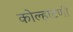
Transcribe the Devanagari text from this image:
कोल्हाटणी